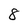
Character: 8